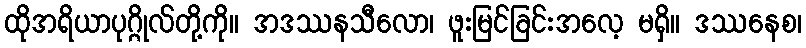
ထိုအရိယာပုဂ္ဂိုလ်တို့ကို။ အဒဿနသီလော၊ ဖူးမြင်ခြင်းအလေ့ မရှိ။ ဒဿနေစ၊